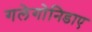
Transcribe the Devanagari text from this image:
गलेगोनिडाए